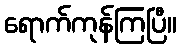
ရောက်ကုန်ကြပြီ။